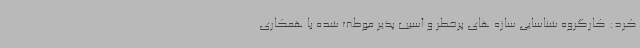
کرد: کارگروه شناسایی سازه های پرخطر و آسیب پذیر موظف شده با همکاری